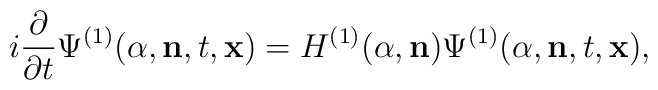
i\frac{\partial}{\partial{t}}{\Psi}^{(1)}(\alpha,{\bf n},t,{\bf x})=H^{(1)}(\alpha,{\bf n}){\Psi}^{(1)}(\alpha,{\bf n},t,{\bf x}),